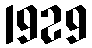
1929